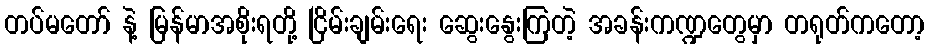
တပ်မတော် နဲ့ မြန်မာအစိုးရတို့ ငြိမ်းချမ်းရေး ဆွေးနွေးကြတဲ့ အခန်းကဏ္ဍတွေမှာ တရုတ်ကတော့